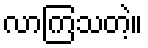
လာကြသတဲ့။